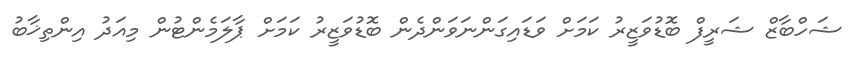
ޝަހްބާޒް ޝަރީފް ބޮޑުވަޒީރު ކަމަށް ވަޑައިގަންނަވަންދެން ބޮޑުވަޒީރު ކަމަށް ޕާލަމެންޓުން މިއަދު އިންތިޚާބު